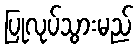
ပြုလုပ်သွားမည်